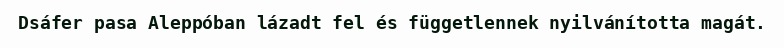
Dsáfer pasa Aleppóban lázadt fel és függetlennek nyilvánította magát.